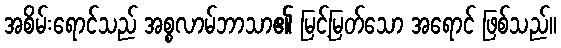
အစိမ်းရောင်သည် အစ္စလာမ်ဘာသာ၏ မြင့်မြတ်သော အရောင် ဖြစ်သည်။